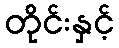
တိုင်းနှင့်